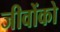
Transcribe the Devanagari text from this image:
जीवोंको